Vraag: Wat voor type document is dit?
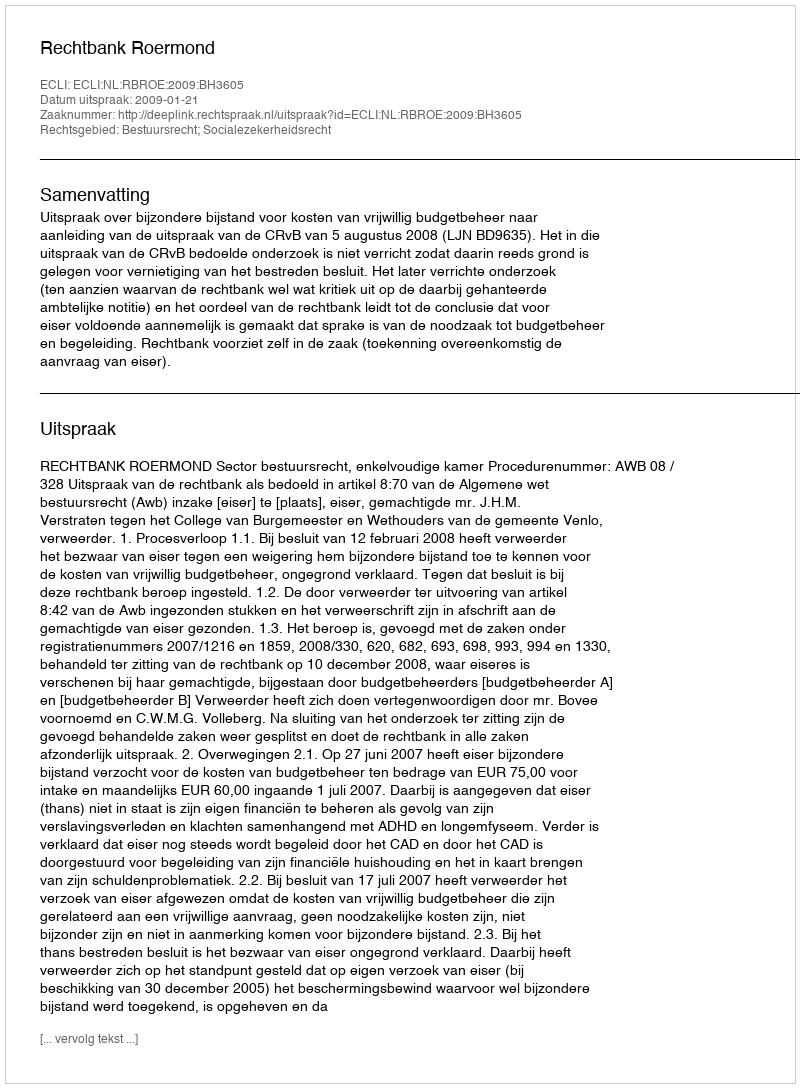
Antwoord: Uitspraak